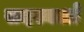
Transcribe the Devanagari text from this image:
सदस्यओ